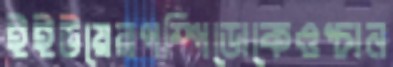
ইইউয়েরপম্পিডোকেওপ্‌চান